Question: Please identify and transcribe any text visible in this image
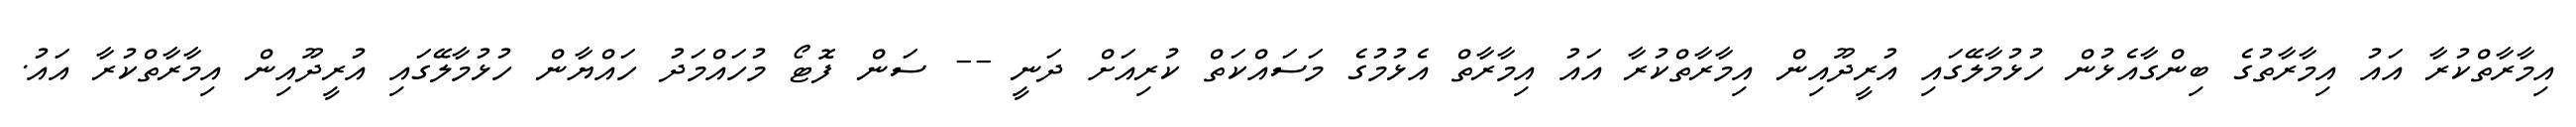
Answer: އިމާރާތްކުރާ އައު އިމާރާތުގެ ބިންގާއެޅުން ހުޅުމާލޭގައި އުރީދޫއިން އިމާރާތްކުރާ އައު އިމާރާތް އެޅުމުގެ މަސައްކަތް ކުރިއަށް ދަނީ -- ސަން ފޮޓޯ މުހައްމަދު ހައްޔާން ހުޅުމާލޭގައި އުރީދޫއިން އިމާރާތްކުރާ އައު.